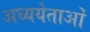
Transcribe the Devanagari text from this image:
अध्ययेताओं